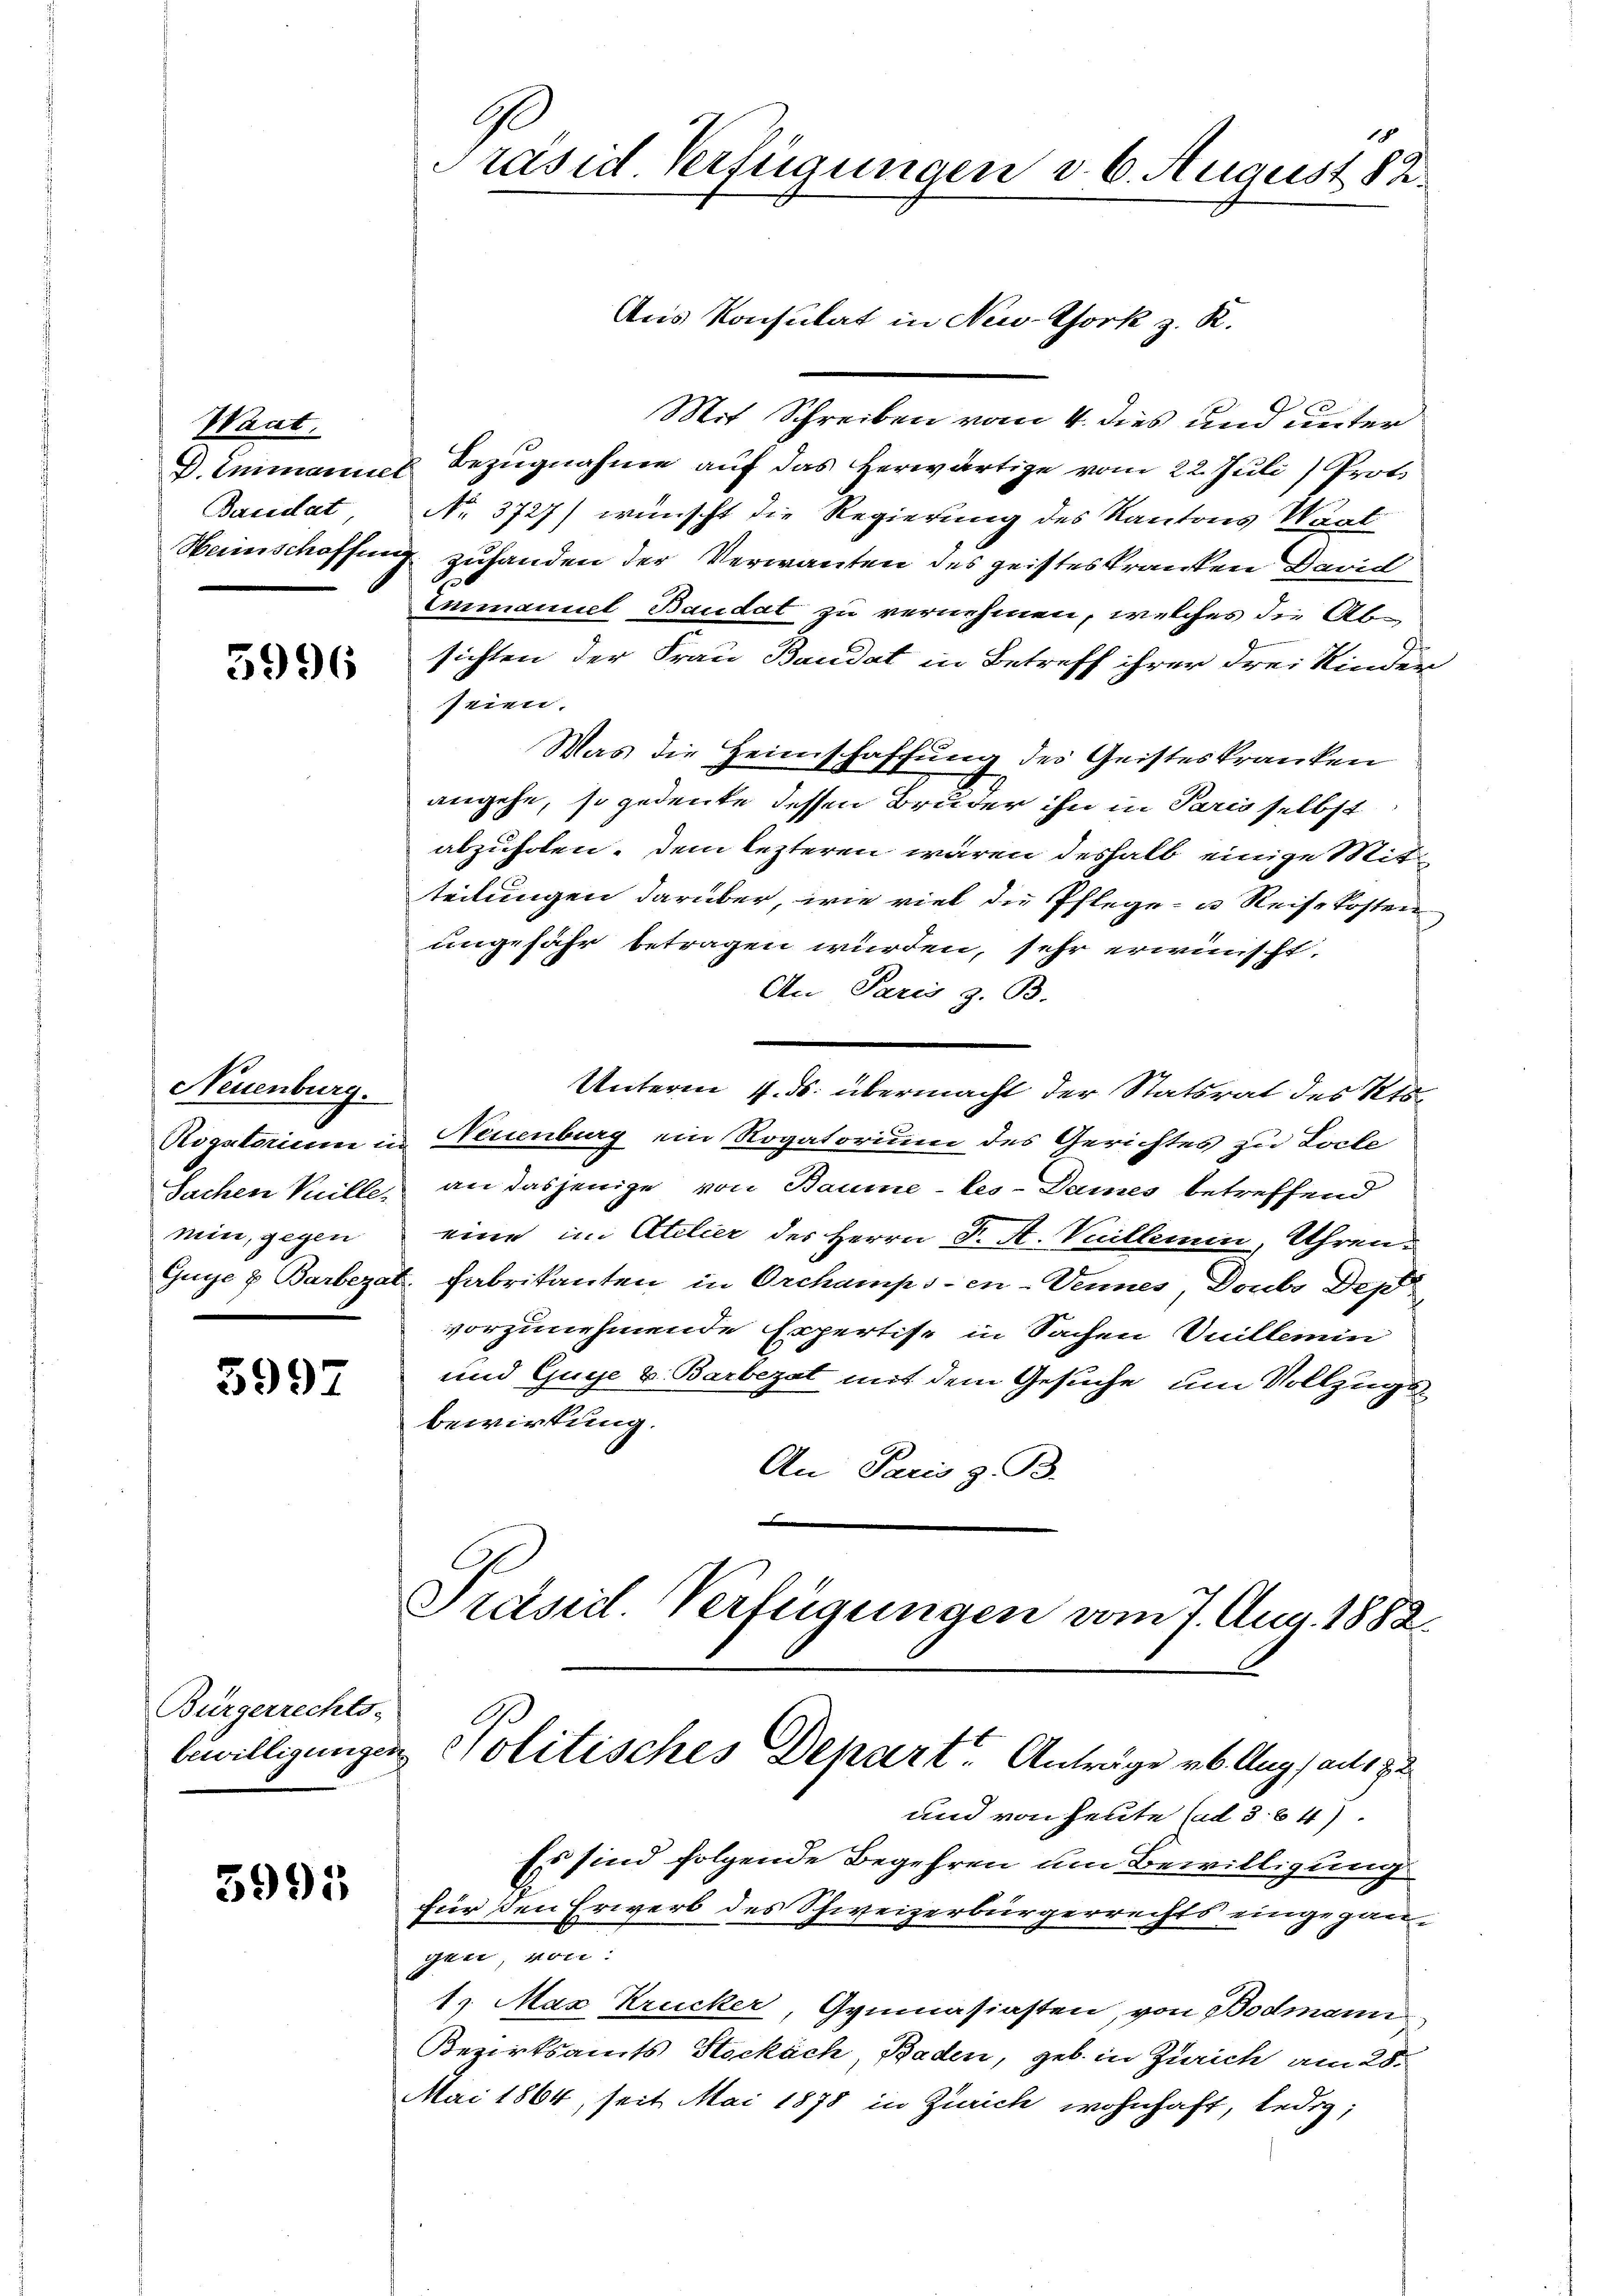
Pfleget
Bacidat

5996

Neuenburg.
nein, gegen

5997

Bürgerrechts-

3995

Ge
1
Präsid. Verfügungen d. 6. August 82.

Mit Schreiben vom 4. dies und unter
D. Inmanuel Bezŭgnahme aŭf das herwärtige vom 22. Juli) Prot
No. 3727) wünscht die Regierung des Kantons Waat
Weinschaffung zuhanden der Verwanten des geisteskranken David
Emmanuel Baudat zu vernehmen, welches die Absichten der Frau Baudat in Betreff ihrer drei Kinder
seien.
Was die Heimschaffung des Geisteskranken
angehe, so gedeute dessen Bruder ihn in Paris selbst
abzuholen. Dem lezteren wären deshalb einige Mitteilungen darüber, wie viel die Pflege- u. Reise kosten
ungefähr betragen wurden, sehr erwünscht.
An Paris z. B.
Unterm 4. ds. übermacht der Statsrat des Kts.
Rogatorium in Neuenburg ein Rogatorium des Gerichtes zu Locle
Sachen Vuille, an dasjenige von Baume -les-Dames betreffend
eine im Atelier des Herrn Dr. A. Vuillemin, Uhren¬
Guye u Barbezat. Fabrikanten in Orchamps-en-Vennes, Doubs Dep
vorzunehmende Expertise in Sachen Vuillemin
und Guye v. Barbezat mit dem Gesuche, um Vollzugsbewirkung.
An Paris z. B.
Prescil. Verfügungen vom 7. Aug. 1882.
bewilligungen Politisches Departe Anträge ab. Augs aus zu

und von heute (ad 3. 647.
Es sind folgende Begehren um Bewilligung
für den Erwerb des Schweizerbürgerrechts eingegangen, von:
1. Max Krucker, Gymnasiasten, von Bodmann
Bezirksamts Stockach, Baden, geb. in Zürich am 28.
Mai 1864, seit Mai 1878 in Zürich wohnhaft, ledig;

Aus Konsulat in New-York z. R.